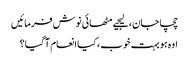
چچا جان ، لیجیے مٹھائی نوش فرمائیں
اوہ ہو بہت خوب ، کیا انعام آ گیا؟